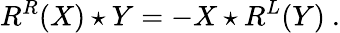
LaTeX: R^{R}(X)\star Y=-X\star R^{L}(Y)\ .